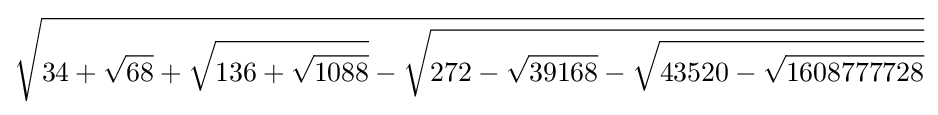
{\sqrt {34+{\sqrt {68}}+{\sqrt {136+{\sqrt {1088}}}}-{\sqrt {272-{\sqrt {39168}}-{\sqrt {43520-{\sqrt {1608777728}}}}}}}}